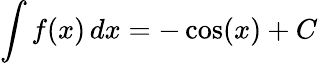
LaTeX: \int f(x)\, dx=-\cos(x)+C